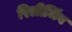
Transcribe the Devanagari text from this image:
रिलीजिंग